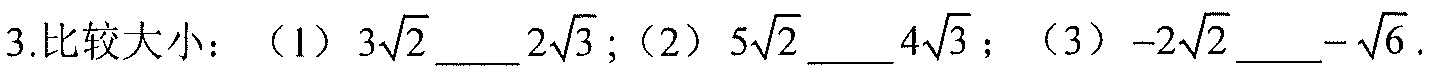
3.比较大小：（1）\(3\sqrt{2}\underline{\qquad}2\sqrt{3}\)；（2）\(5\sqrt{2}\underline{\qquad}4\sqrt{3}\)；（3）\(-2\sqrt{2}\underline{\qquad}-\sqrt{6}\).